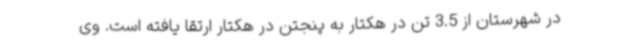
در شهرستان از 3.5 تن در هکتار به پنجتن در هکتار ارتقا یافته است. وی